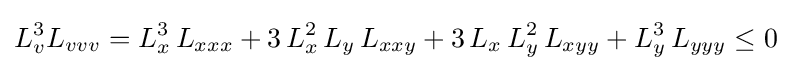
L_{v}^{3}L_{vvv}=L_{x}^{3}\,L_{xxx}+3\,L_{x}^{2}\,L_{y}\,L_{xxy}+3\,L_{x}\,L_{y}^{2}\,L_{xyy}+L_{y}^{3}\,L_{yyy}\leq 0